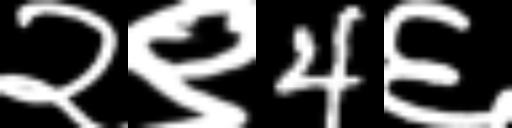
Text: २९4६